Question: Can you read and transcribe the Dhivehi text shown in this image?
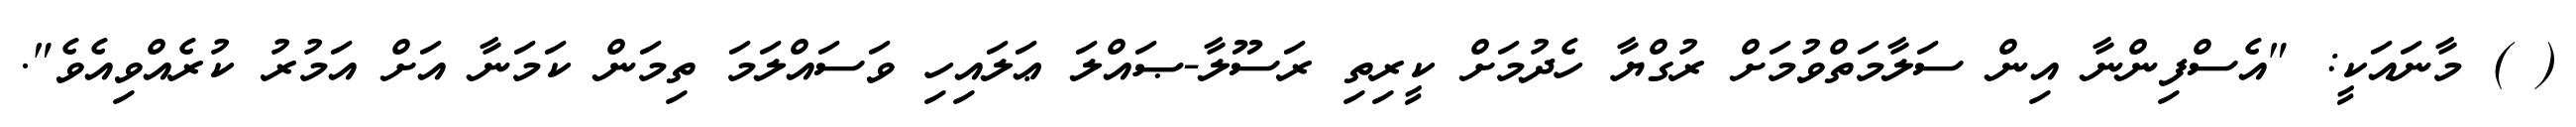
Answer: ( ) މާނައަކީ: "އެސްފިންނާ އިން ސަލާމަތްވުމަށް ރުގްޔާ ހެދުމަށް ކީރިތި ރަސޫލާ-ޞައްލަ ޢަލައިހި ވަސައްލަމަ ތިމަން ކަމަނާ އަށް އަމުރު ކުރެއްވިއެވެ".